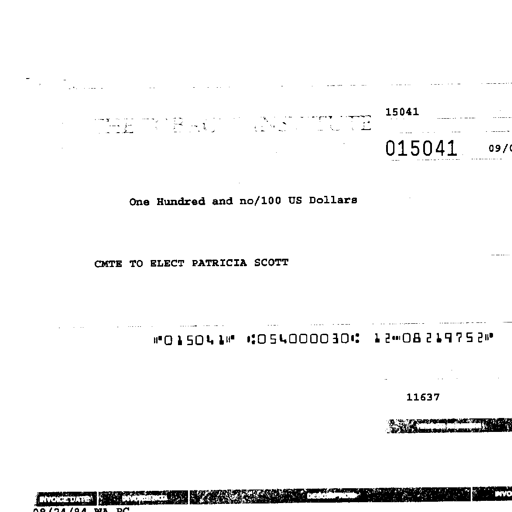
15041
THE TOBACCO INSTITUTE 015041 09/01/94
One Hundred and no/100 US Dollars
CMTE TO ELECT PATRICIA SCOTT
"015041" :054000030: 12-08219752"
11637
INVOICE DATE INVOICE NO. DESCRIPTION INVOICE AMOUNT